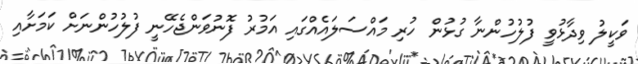
ވަކީލު ވިދާޅުވީ ފުލުހުންނާ ގުޅުން ހުރި މައްސަލައެއްގައި އަމުރު ފޮނުވަންޖެހޭނީ ފުލުހުންނަށް ކަމަށާއި